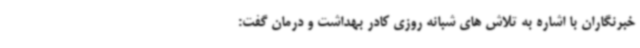
خبرنگاران با اشاره به تلاش های شبانه روزی کادر بهداشت و درمان گفت: